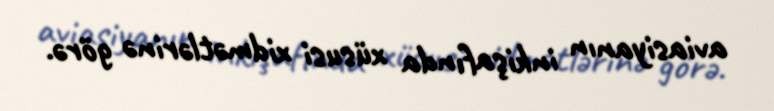
aviasiyanın inkişafında xüsusi xidmətlərinə görə.